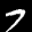
Label: 7